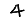
Digit: 4